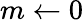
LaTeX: m\gets 0